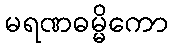
မရဏဓမ္မိကော